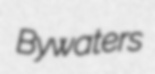
Bywaters